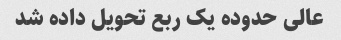
عالی حدوده یک ربع تحویل داده شد